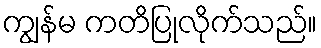
ကျွန်မ ကတိပြုလိုက်သည်။